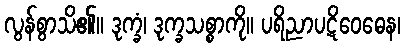
လွန်စွာသိ၏။ ဒုက္ခံ၊ ဒုက္ခသစ္စာကို။ ပရိညာပဋိဝေဓေန၊